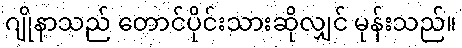
ဂျိုနာသည် တောင်ပိုင်းသားဆိုလျှင် မုန်းသည်။